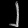
Digit: ၂